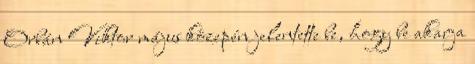
Orbán Viktor május közepén jelentette be, hogy be akarja